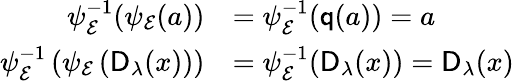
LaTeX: \begin{array}{rl}{\psi_{\mathcal{E}}^{-1}(\psi_{\mathcal{E}}(a))}&{=\psi_{\mathcal{E}}^{-1}(\mathsf{q}(a))=a}\\ {\psi_{\mathcal{E}}^{-1}\left(\psi_{\mathcal{E}}\left(\mathsf{D}_{\lambda}(x)\right)\right)}&{=\psi_{\mathcal{E}}^{-1}(\mathsf{D}_{\lambda}(x))=\mathsf{D}_{\lambda}(x)}\end{array}